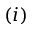
( i )